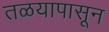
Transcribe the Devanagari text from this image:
तळयापासून